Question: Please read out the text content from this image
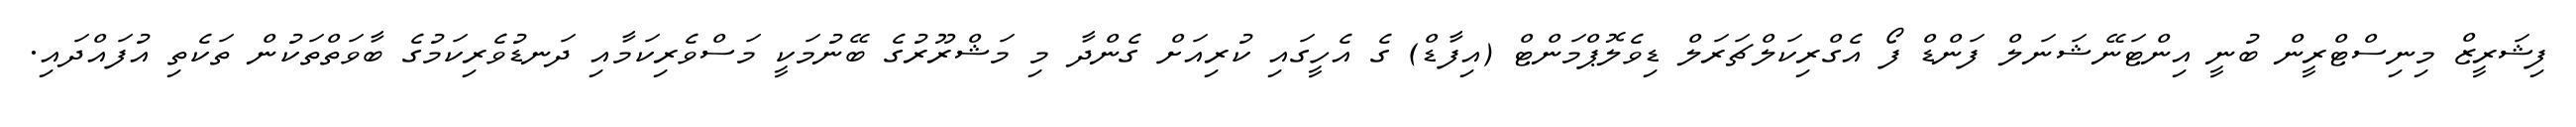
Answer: ފިޝަރީޒް މިނިސްޓްރީން ބުނީ އިންޓަނޭޝަނަލް ފަންޑް ފޯ އެގްރިކަލްޗަރަލް ޑިވެލޮޕްމަންޓް (އިފާޑް) ގެ އެހީގައި ކުރިއަށް ގެންދާ މި މަޝްރޫރުގެ ބޭނުމަކީ މަސްވެރިކަމާއި ދަނޑުވެރިކަމުގެ ބާވަތްތަކުން ތަކެތި އުފައްދައި.